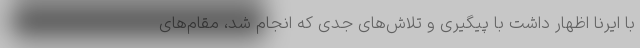
با ایرنا اظهار داشت با پیگیری و تلاش‌های جدی که انجام شد، مقام‌های